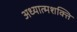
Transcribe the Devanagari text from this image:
अध्यात्मशक्ति